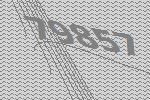
79857